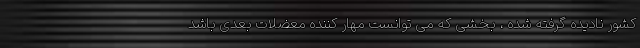
کشور نادیده گرفته شده ، بخشی که می توانست مهار کننده معضلات بعدی باشد